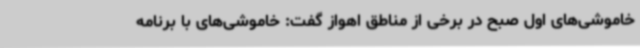
خاموشی‌های اول صبح در برخی از مناطق اهواز گفت: خاموشی‌های با برنامه